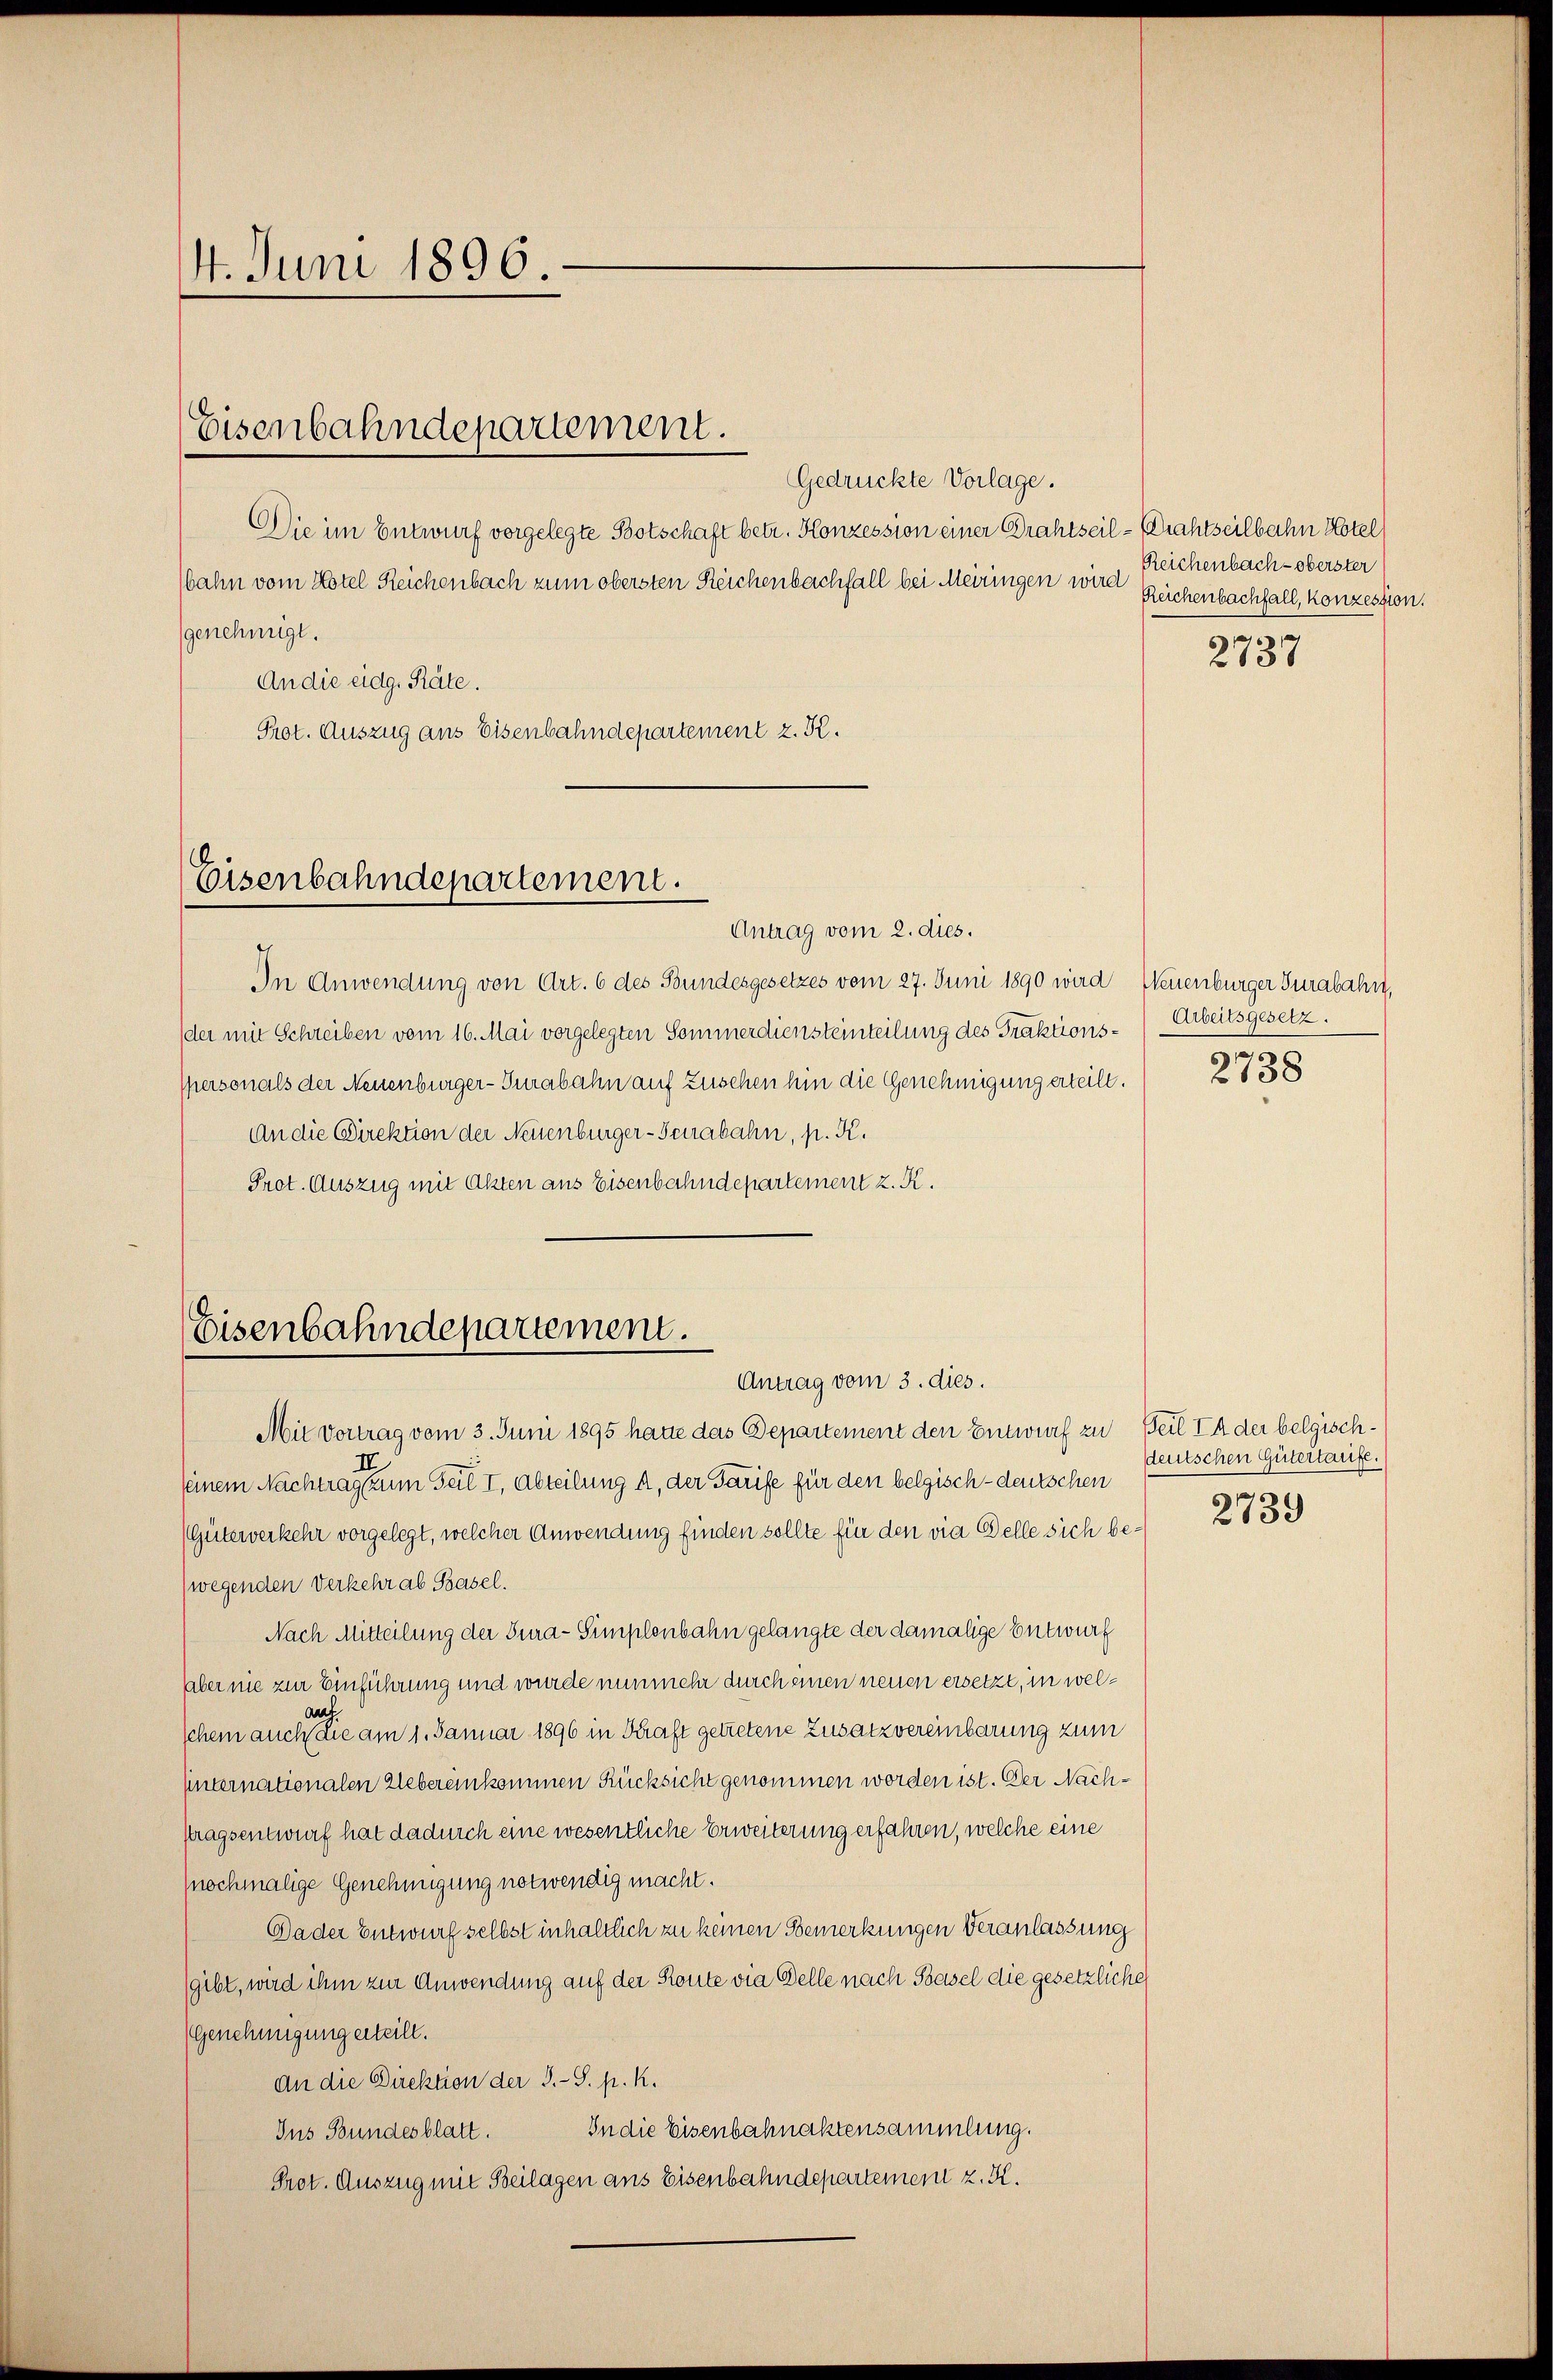
14. Juni 1896.

Eisenbahndepartement.

Gedrückte Vorlage.
Die im Entwurf vorgelegte Botschaft betr. Konzession einer Grahtseil-Drahtseilbahn Hotel
bahn vom Hotel Reichenbach zum obersten Reichenbachfall bei Meiringen wir Reichenbachfall, konzession.
genehmigt.
An die eidg. Räte.
Prot. Auszug aus Eisenbahndepartement z. K.

Eisenbahndepartement.

Antrag vom 2. dies.
In Anwendung von Art. 6 des Bundesgesetzes vom 27. Juni 1890 wird Neuenburger Jurabahn,
der mit Schreiben vom 16. Mai vorgelegten Sommerdiensteinteilung des Praktionsspersonals der Neuenburger-Turabahn auf Zusehen hin die Genehmigung erteilt.
An die Direktion der Neuenburger-Seuabahn, p. K.
Prot. Auszug mit Akten aus Eisenbahndepartement z. K.

Eisenbahndepartement.
Antrag vom 3. dies.

Reichenbach - oberster

2737

Arbeitsgesetz.

Mit Vortrag vom 3. Juni 1895 hatte das Departement den Entwurf zu Teil In der belgischseinem Nachtragsten in Teil I, Abteilung , der Tarife für den belgisch-deutschen
(Güterverkehr vorgelegt, welcher Anwendung finden sollte für den via Belle sich be¬
(wegenden Verkehr ab Basel.
Nach Mitteilung der Tura-Simplenbahn gelangte der damalige Entwurf
aber nie zur Einführung und wurde nunmehr durch einen neuen ersetzt, in welauf
schem auch die am 1. Januar 1896 in Kraft getretene Zusatzvereinbarung zum
hinternationalen Uebereinkommen Rücksicht genommen worden ist. Der Nachftragsentwurf hat dadurch eine wesentliche Erweiterung erfahren, welche eine
(nochmalige Genehmigung notwendig macht.
Dader Entwurf selbst inhaltlich zu keinen Bemerkungen Veranlassung
gibt, wird ihm zur Anwendung auf der Route via Delle nach Basel die gesetzliche
(Genehmigung erteilt.
An die Direktion der S.-S. p. k.
In die Eisenbahnaktensammlung.
Ins Bundesblatt.
Prot. Auszug mit Beilagen ans Eisenbahndepartement z. K.

2738

deutschen Gütertarife.

2739